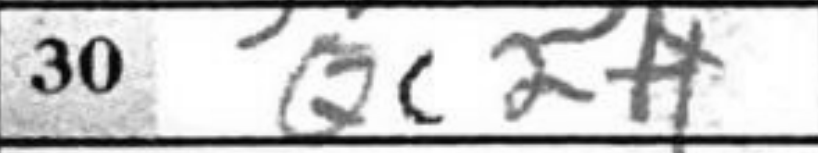
Transcription: Qc2+